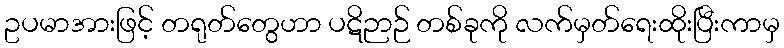
ဥပမာအားဖြင့် တရုတ်တွေဟာ ပဋိဉာဉ် တစ်ခုကို လက်မှတ်ရေးထိုးပြီးကာမှ